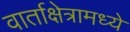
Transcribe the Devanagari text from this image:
वार्ताक्षेत्रामध्ये